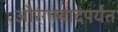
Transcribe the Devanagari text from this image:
औरंगाबादपर्यंत